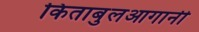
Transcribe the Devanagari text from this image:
किताबुलआगानी